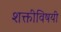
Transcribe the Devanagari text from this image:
शक्तीविषयी